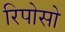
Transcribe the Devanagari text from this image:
रिपोसो